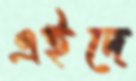
এইদে